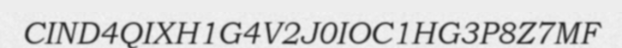
CIND4QIXH1G4V2J0IOC1HG3P8Z7MF